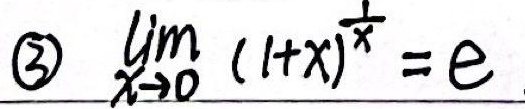
\textcircled{3} $\lim_{x \to 0} (1 + x)^{\frac{1}{x}} = e$